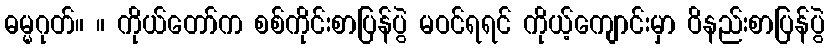
ဓမ္မဂုတ်။ ။ ကိုယ်တော်က စစ်ကိုင်းစာပြန်ပွဲ မဝင်ရရင် ကိုယ့်ကျောင်းမှာ ဝိနည်းစာပြန်ပွဲ